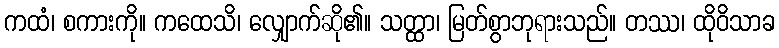
ကထံ၊ စကားကို။ ကထေသိ၊ လျှောက်ဆို၏။ သတ္ထာ၊ မြတ်စွာဘုရားသည်။ တဿ၊ ထိုဝိသာခ